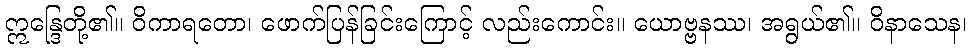
ဣန္ဒြေတို့၏။ ဝိကာရတော၊ ဖောက်ပြန်ခြင်းကြောင့် လည်းကောင်း။ ယောဗ္ဗနဿ၊ အရွယ်၏။ ဝိနာသေန၊